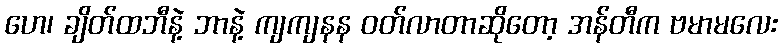
ဟေ၊ ချိတ်ထဘီနဲ့ ဘာနဲ့ ကျကျနန ဝတ်လာတာဆိုတော့ အန်တီက ဗမာမလေး